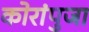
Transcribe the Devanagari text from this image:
कोरांपुजा